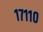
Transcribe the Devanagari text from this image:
१७११०